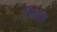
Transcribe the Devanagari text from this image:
दिंड्यांत